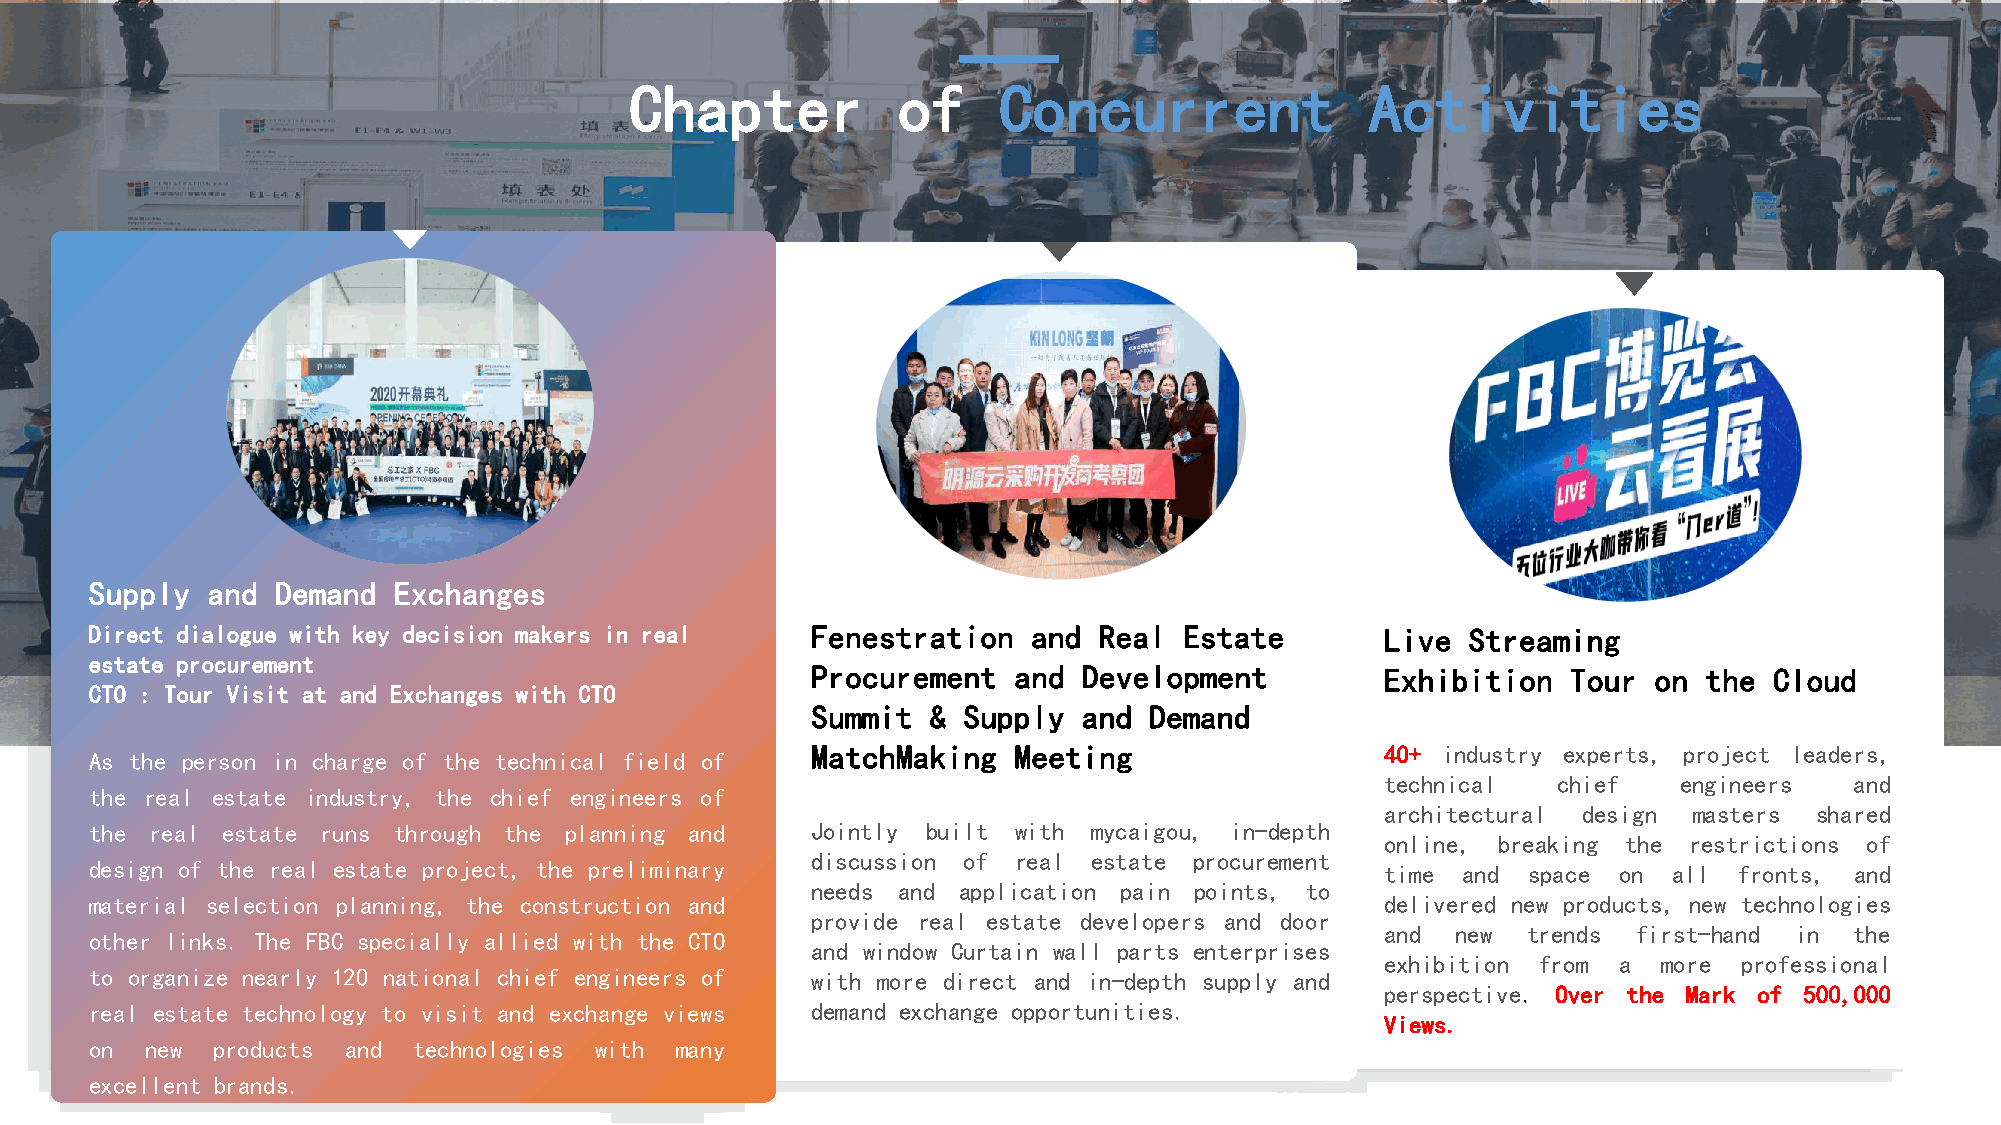
Chapter          of     Concurrent               Activities
 Supply  and Demand  Exchanges
 Direct dialogue with key decision makers in real Fenestration and  Real Estate        Live Streaming
 estate procurement
 Procurement  and  Development         Exhibition  Tour on  the Cloud
 CTO : Tour Visit at and Exchanges with CTO
 Summit  & Supply  and Demand
 MatchMaking  Meeting                  40+ industry experts, project leaders,
 As the person in charge of the technical field of
 technical  chief   engineers   and
 the real estate industry, the chief engineers of
 architectural design masters shared
 the real estate runs through the planning and   Jointly built with mycaigou, in-depth
 online, breaking the restrictions of
 discussion of real estate procurement
 design of the real estate project, the preliminary                                    time and space on  all fronts, and
 needs and application pain points, to
 material selection planning, the construction and                                     delivered new products, new technologies
 provide real estate developers and door
 and new  trends first-hand in  the
 other links. The FBC specially allied with the CTO
 and window Curtain wall parts enterprises
 exhibition from a more professional
 to organize nearly 120 national chief engineers of with more direct and in-depth supply and
 perspective. Over the Mark of 500,000
 real estate technology to visit and exchange views demand exchange opportunities.
 Views.
 on  new products and technologies with many
 excellent brands.